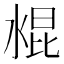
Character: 𰜁